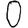
Digit: 0